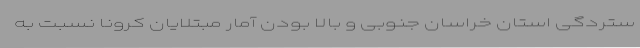
ستردگی استان خراسان جنوبی و بالا بودن آمار مبتلایان کرونا نسبت به